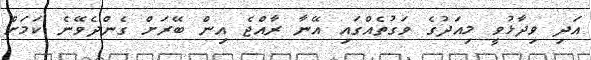
އަދި ވިދާޅުވީ މިއަދުގެ ވަގުތެއްގައި އޭނާ ރާއްޖެ އިން ބޭރަށް ގެންދެވޭނެ ކަމަށް